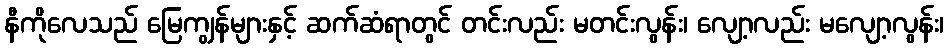
နီကိုလေသည် မြေကျွန်များနှင့် ဆက်ဆံရာတွင် တင်းလည်း မတင်းလွန်း၊ လျော့လည်း မလျော့လွန်း၊